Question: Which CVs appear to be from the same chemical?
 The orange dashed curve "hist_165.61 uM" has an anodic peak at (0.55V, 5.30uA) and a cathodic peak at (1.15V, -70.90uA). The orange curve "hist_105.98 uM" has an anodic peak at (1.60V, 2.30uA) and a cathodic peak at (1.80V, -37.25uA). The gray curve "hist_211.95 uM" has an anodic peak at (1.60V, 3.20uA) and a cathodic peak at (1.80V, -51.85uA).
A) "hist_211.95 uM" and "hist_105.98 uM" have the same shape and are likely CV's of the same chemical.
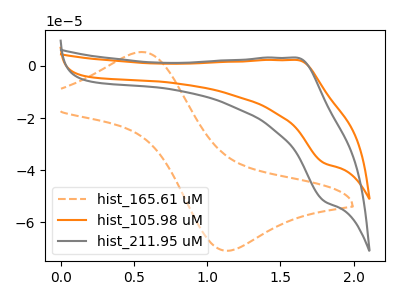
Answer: <think>"hist_165.61 uM" and "hist_105.98 uM" have at least one peak that do not match. "hist_165.61 uM" and "hist_211.95 uM" have at least one peak that do not match. All the peaks in "hist_105.98 uM" have a peak in "hist_211.95 uM" at the same potential. Every peak in "hist_105.98 uM" is lower than every peak in "hist_211.95 uM".
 </think>
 <answer>A) "hist_211.95 uM" and "hist_105.98 uM" have the same shape and are likely CV's of the same chemical.</answer>
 <eval>A</eval>